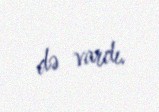
də vardı.